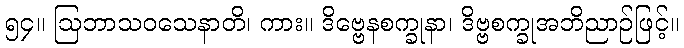
၅၄။ ဩဘာသဝသေနာတိ၊ ကား။ ဒိဗ္ဗေနစက္ခုနာ၊ ဒိဗ္ဗစက္ခုအဘိညာဉ်ဖြင့်။